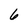
Character: 6